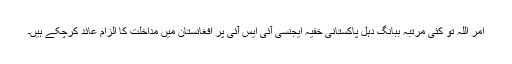
امر اللہ تو کئی مرتبہ ببانگ دہل پاکستانی خفیہ ایجنسی آئی ایس آئی پر افغانستان میں مداخلت کا الزام عائد کرچکے ہیں۔